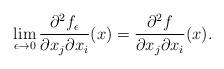
LaTeX: \begin{align*}\lim\limits_{\epsilon\to0}\frac{\partial^2 f_{\epsilon}}{\partial x_j\partial x_i}(x)= \frac{\partial^2 f}{\partial x_j\partial x_i}(x).\end{align*}